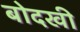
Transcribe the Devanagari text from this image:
बोदखी